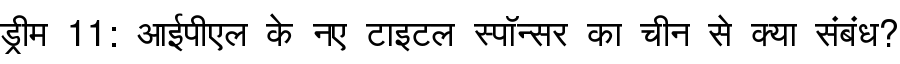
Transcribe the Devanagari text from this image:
ड्रीम 11: आईपीएल के नए टाइटल स्पॉन्सर का चीन से क्या संबंध?